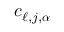
c _ { \ell , j , { \boldsymbol { \alpha } } }